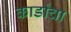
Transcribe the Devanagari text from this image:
कार्डांचा